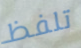
تلفظ